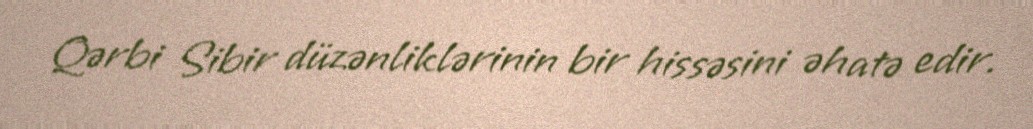
Qərbi Sibir düzənliklərinin bir hissəsini əhatə edir.